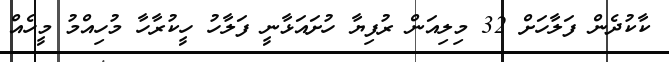
ކާކުދެން ފަލާހަށް 32 މިލިއަން ރުފިޔާ ހުށައަޅާނީ ފަލާހު ހީކުރާހާ މުހިއްމު މީހެއް